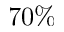
7 0 \%